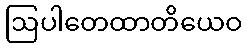
ဩပါတေထာတိယေဝ